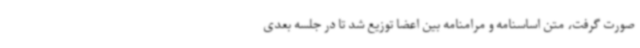
صورت گرفت، متن اساسنامه و مرامنامه بین اعضا توزیع شد تا در جلسه بعدی